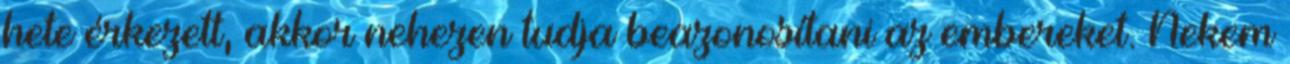
hete érkezett, akkor nehezen tudja beazonosítani az embereket. Nekem